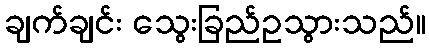
ချက်ချင်း သွေးခြည်ဥသွားသည်။